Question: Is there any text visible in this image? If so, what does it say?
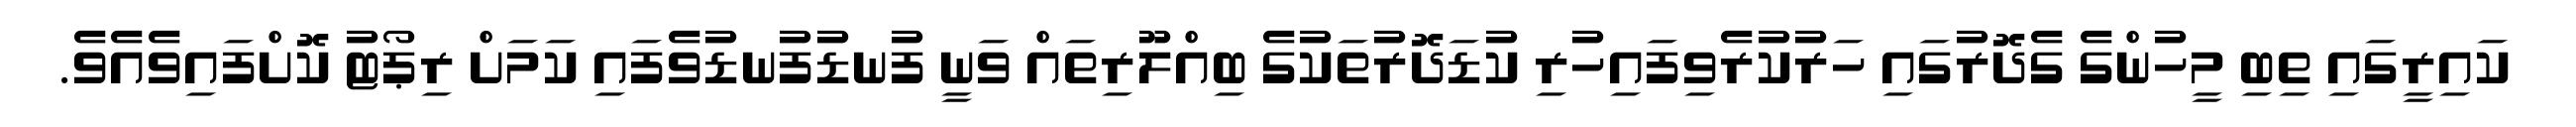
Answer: ކައިރީގައި ތިބި މީހުންގެ ގެދޮރުގައި ހަރުކުރެވިފައިހުރި ކުޑަދޮރުތަކުގެ ބިއްލޫރިތައް ވަނީ ފުނޑުފުނޑުވެފައި ކަމަށް ރިޕޯޓު ކޮށްފައިވެއެވެ.